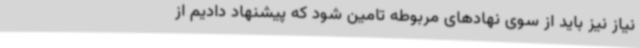
نیاز نیز باید از سوی نهادهای مربوطه تامین شود که پیشنهاد دادیم از